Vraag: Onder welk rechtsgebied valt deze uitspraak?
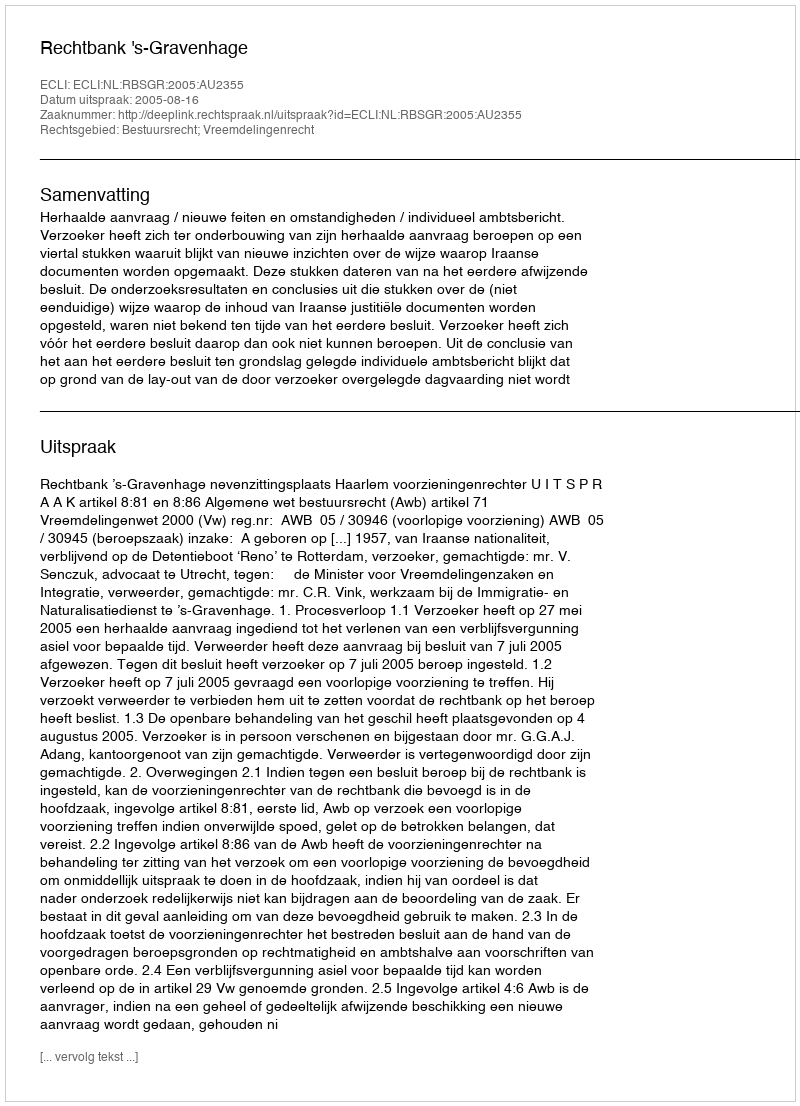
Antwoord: Bestuursrecht; Vreemdelingenrecht